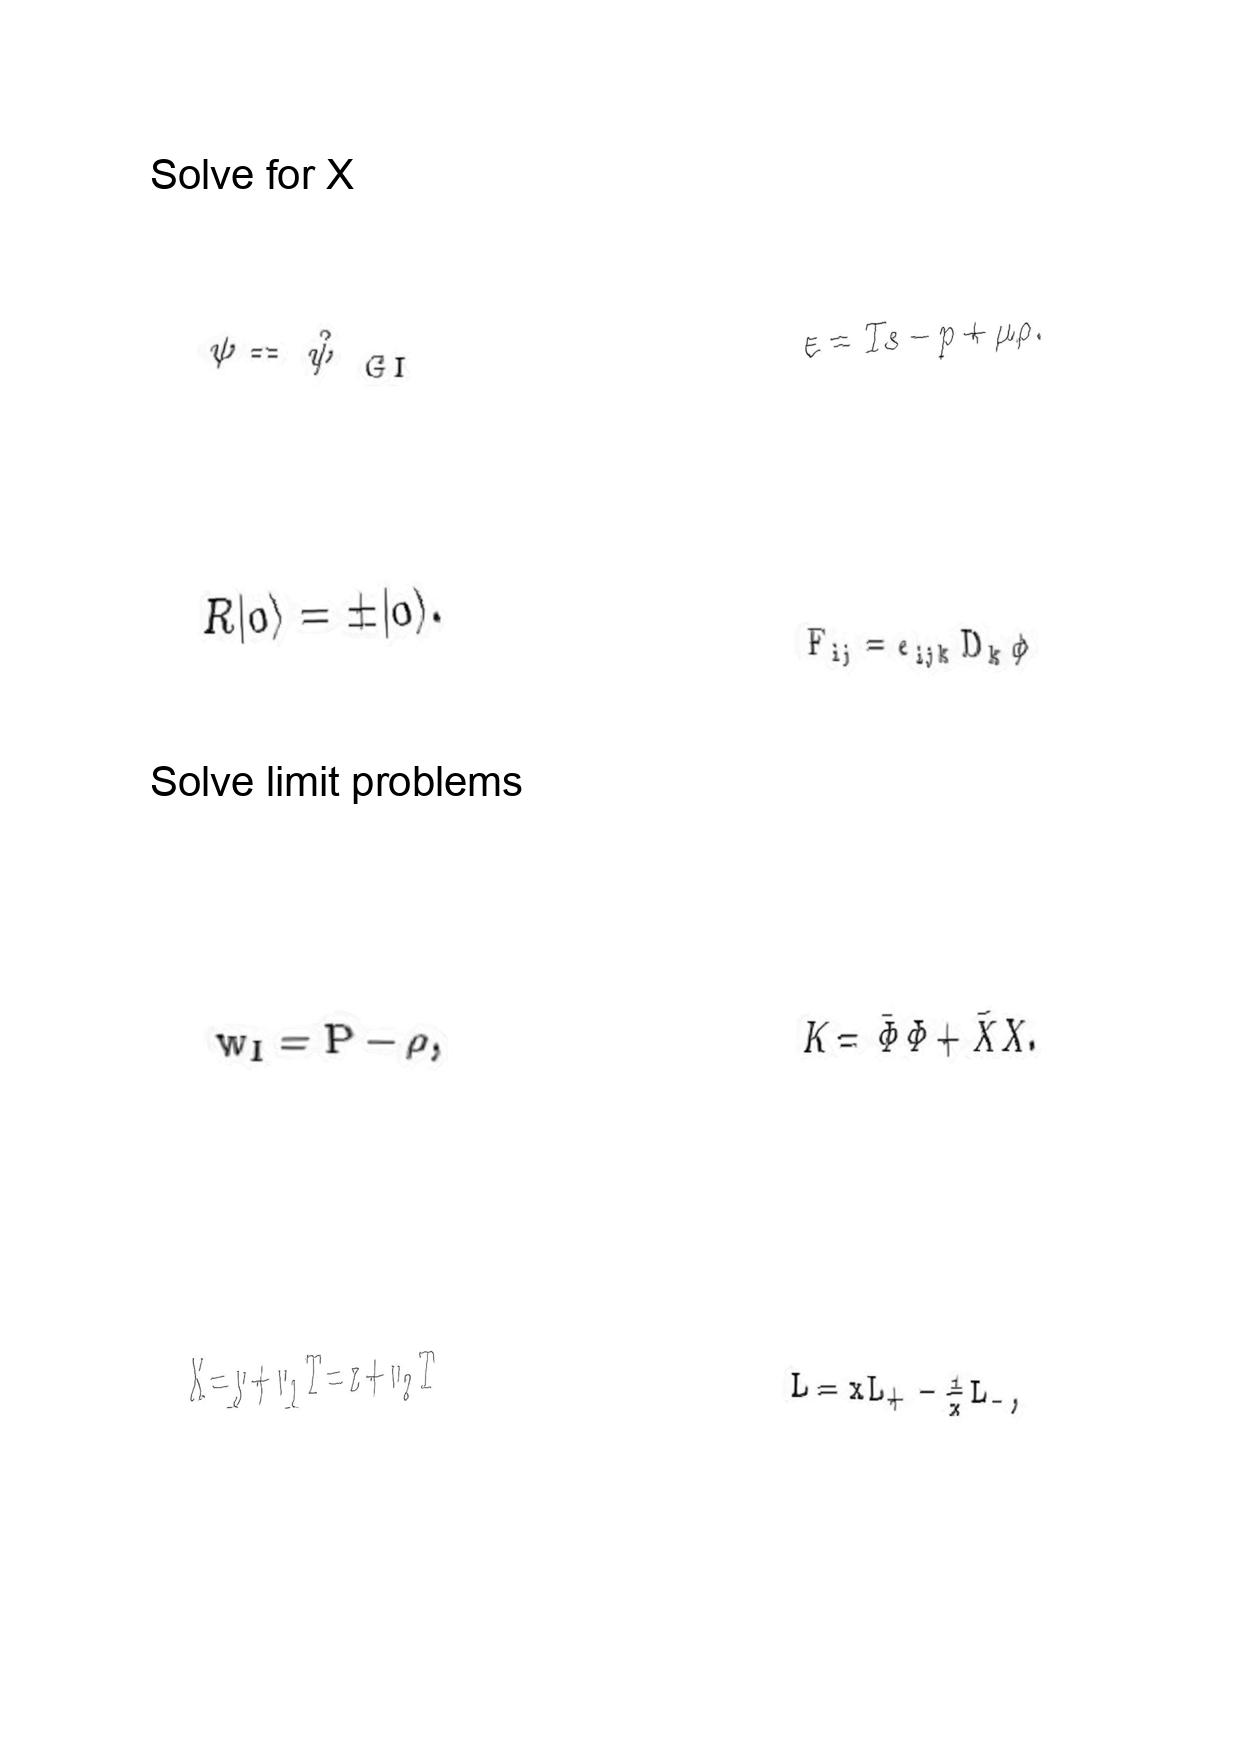
LaTeX transcription:
\psi = \hat { \psi } _ { \mathrm { \space G I } }
R \vert 0 \rangle = \pm \vert 0 \rangle .
w _ { I } = P - \rho ,
X = y + v _ { 1 } T = z + v _ { 2 } T
\varepsilon = T s - p + \mu \rho .
F _ { i j } = \epsilon _ { i j k } D _ { k } \phi
K = \bar { \Phi } \Phi + \bar { X } X .
L = x L _ { + } - \frac { 1 } { x } L _ { - } ,